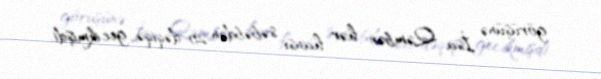
görüşünə İsa Qəmbər hər hansı səbəbdən 20 dəqiqə gecikmişdi.